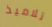
تلاميذ